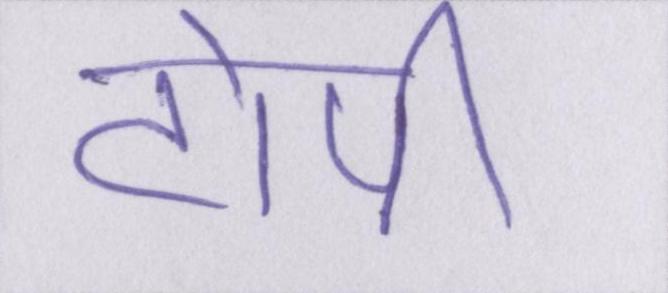
टोपी।